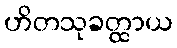
ဟိတသုခတ္ထာယ